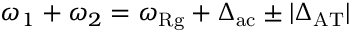
\omega _ { 1 } + \omega _ { 2 } = \omega _ { \mathrm { R g } } + \Delta _ { \mathrm { a c } } \pm | \Delta _ { \mathrm { A T } } |